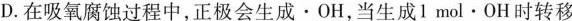
D.在吸氧腐蚀过程中，正极会生成·OH，当生成1mol·OH时转移